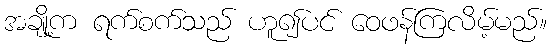
အချို့က ရက်စက်သည် ဟူ၍ပင် ဝေဖန်ကြလိမ့်မည်။